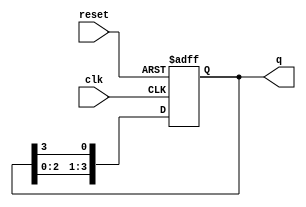
module ring_counter (
    input wire clk,        // Clock input
    input wire reset,      // Asynchronous reset input
    output reg [3:0] q     // 4-bit output representing the state of the counter
);

// Initial state
initial begin
    q = 4'b0001; // Start with the first flip-flop set to high
end

// Sequential logic for the ring counter
always @(posedge clk or posedge reset) begin
    if (reset) begin
        q <= 4'b0001; // Reset to initial state
    end else begin
        // Shift the '1' to the left, wrapping around
        q <= {q[2:0], q[3]}; // Shift left and wrap the last bit to the first
    end
end

endmodule